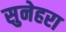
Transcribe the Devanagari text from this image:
सुनेहरा